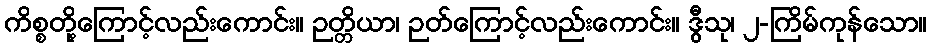
ကိစ္စတို့ကြောင့်လည်းကောင်း။ ဉတ္တိယာ၊ ဉတ်ကြောင့်လည်းကောင်း။ ဒွီသု၊ ၂-ကြိမ်ကုန်သော။